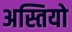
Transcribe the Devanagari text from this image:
अस्तियो